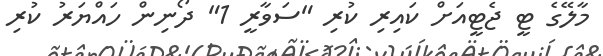
މާލޭގެ ޓީ ޖެޓީއަށް ކައިރި ކުރި "ސަވާރީ 1" ދޯނިން ހައްޔަރު ކުރި